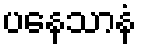
ပနေသာနံ